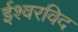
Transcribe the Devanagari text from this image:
ईश्वरविद